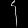
Digit: ၄